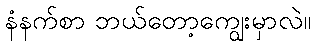
နံနက်စာ ဘယ်တော့ကျွေးမှာလဲ။